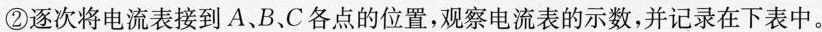
②逐次将电流表接到A、B、C各点的位置，观察电流表的示数，并记录在下表中。